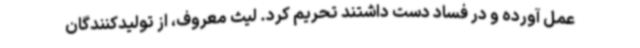
عمل آورده و در فساد دست داشتند تحریم کرد. لیث معروف، از تولیدکنندگان